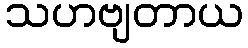
သဟဗျတာယ